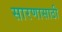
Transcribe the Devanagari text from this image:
सारणासाठी